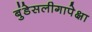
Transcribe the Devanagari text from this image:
बुंडेसलीगापेक्षा